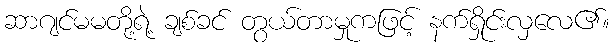
ဆာဂျင်မမတို့ရဲ့ ချစ်ခင် တွယ်တာမှုကဖြင့် နက်ရှိုင်းလှလေ၏။